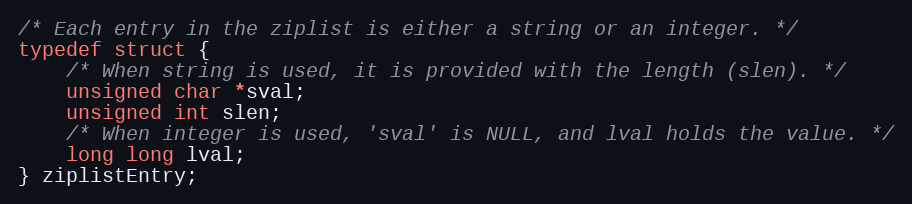
Language: C
/* Each entry in the ziplist is either a string or an integer. */
typedef struct {
    /* When string is used, it is provided with the length (slen). */
    unsigned char *sval;
    unsigned int slen;
    /* When integer is used, 'sval' is NULL, and lval holds the value. */
    long long lval;
} ziplistEntry;